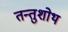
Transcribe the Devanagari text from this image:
तन्तुशोथ